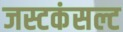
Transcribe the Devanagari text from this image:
जस्टकंसल्ट